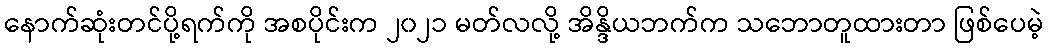
နောက်ဆုံးတင်ပို့ရက်ကို အစပိုင်းက ၂၀၂၁ မတ်လလို့ အိန္ဒိယဘက်က သဘောတူထားတာ ဖြစ်ပေမဲ့